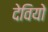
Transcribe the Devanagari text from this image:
देवियो